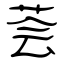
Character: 荟